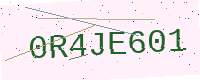
Text: 0R4JE601